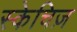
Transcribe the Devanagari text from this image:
स्केचिज़